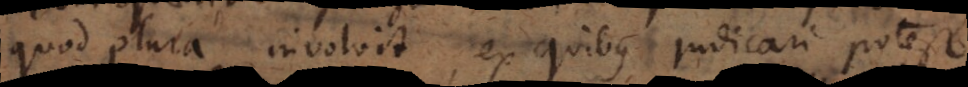
quod plura involvit, ex quibus judicari potest